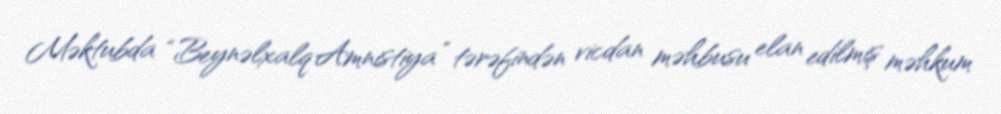
Məktubda “Beynəlxalq Amnistiya” tərəfindən vicdan məhbusu elan edilmiş məhkum